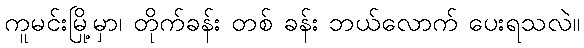
ကူမင်းမြို့မှာ၊ တိုက်ခန်း တစ် ခန်း ဘယ်လောက် ပေးရသလဲ။